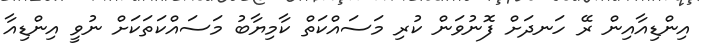
އިންޑިއާއިން ރޭ ހަނދަށް ފޮނުވަން ކުރި މަސައްކަތް ކާމިޔާބު މަސައްކަތަކަށް ނުވީ އިންޑިއާ